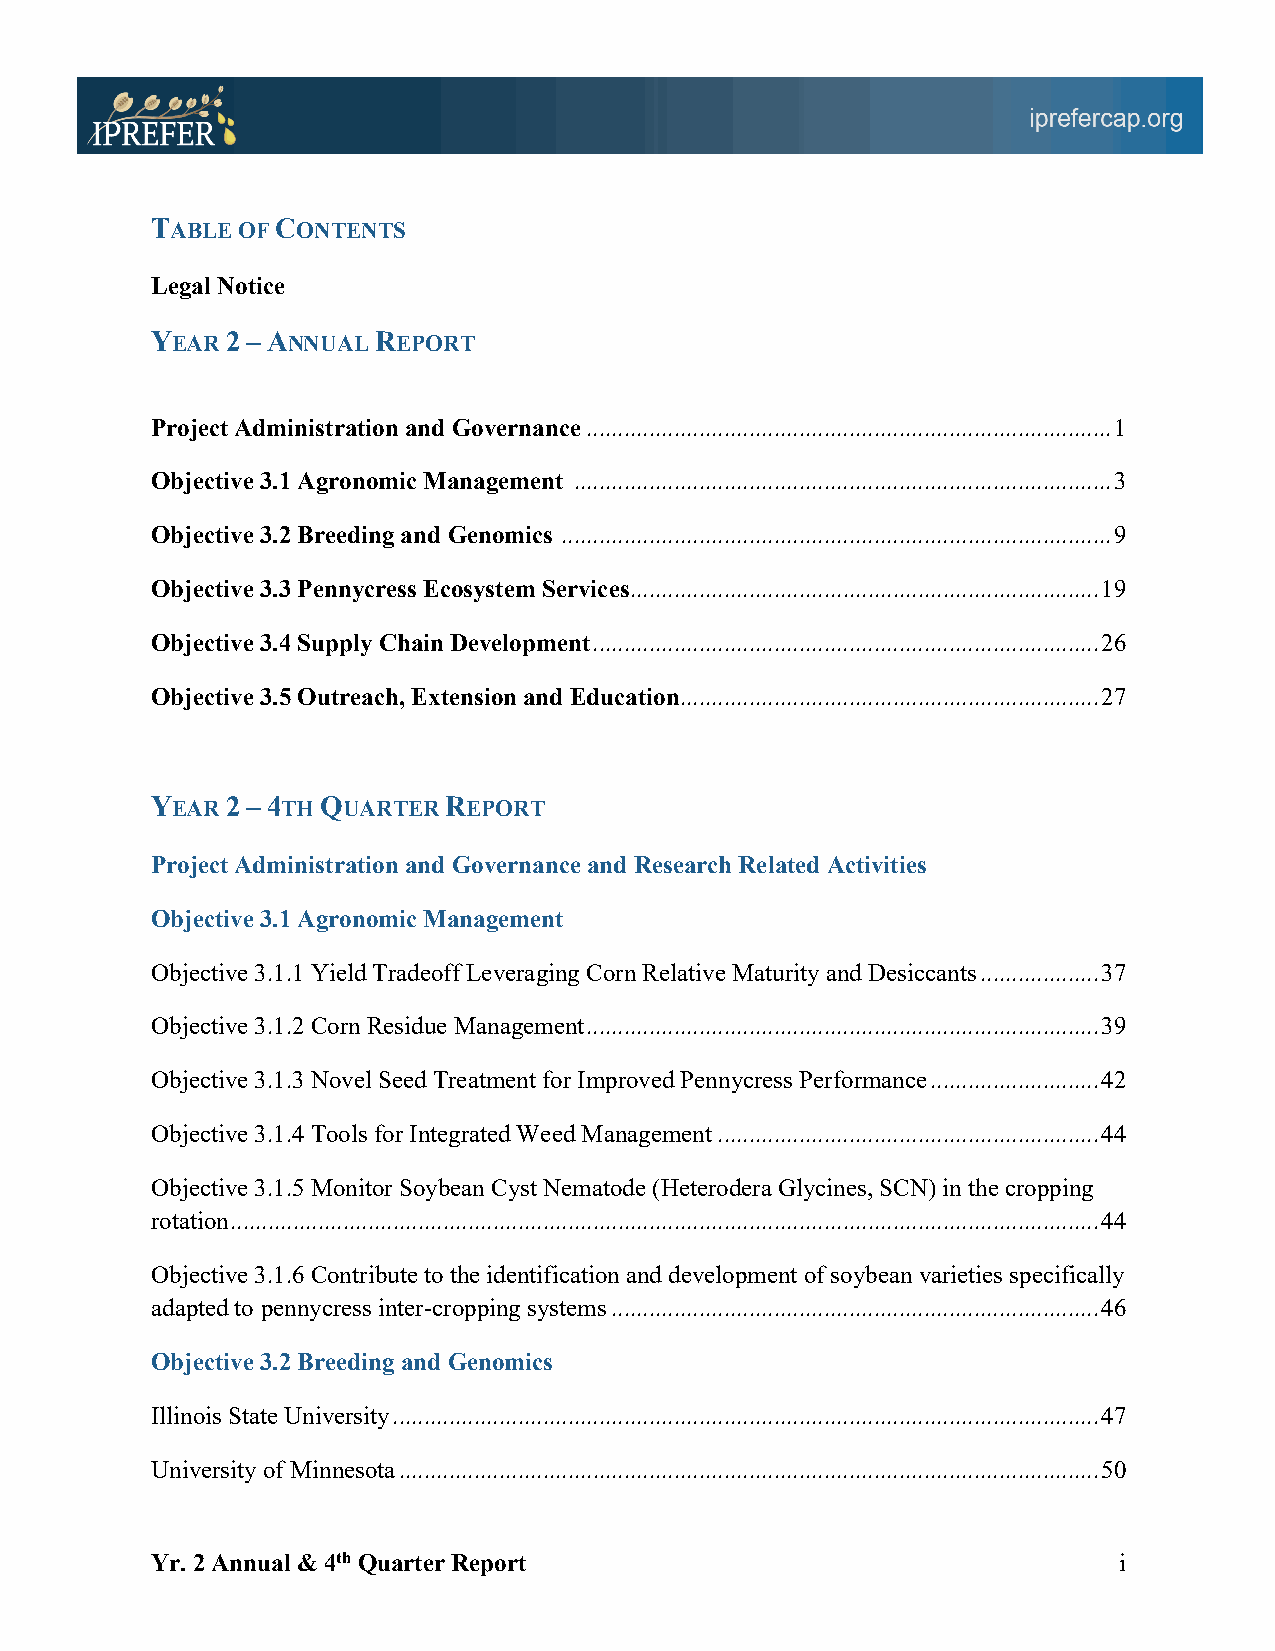
TABLE OF CONTENTS
 Legal Notice
 YEAR 2 – ANNUAL REPORT
 Project Administration and Governance .................................................................................... 1
 Objective 3.1 Agronomic Management ...................................................................................... 3
 Objective 3.2 Breeding and Genomics ........................................................................................ 9
 Objective 3.3 Pennycress Ecosystem Services ........................................................................... 19
 Objective 3.4 Supply Chain Development ................................................................................. 26
 Objective 3.5 Outreach, Extension and Education ................................................................... 27
 YEAR 2 – 4TH QUARTER REPORT
 Project Administration and Governance and Research Related Activities
 Objective 3.1 Agronomic Management
 Objective 3.1.1 Yield Tradeoff Leveraging Corn Relative Maturity and Desiccants ................... 37
 Objective 3.1.2 Corn Residue Management .................................................................................. 39
 Objective 3.1.3 Novel Seed Treatment for Improved Pennycress Performance ........................... 42
 Objective 3.1.4 Tools for Integrated Weed Management ............................................................. 44
 Objective 3.1.5 Monitor Soybean Cyst Nematode (Heterodera Glycines, SCN) in the cropping
 rotation ........................................................................................................................................... 44
 Objective 3.1.6 Contribute to the identification and development of soybean varieties specifically
 adapted to pennycress inter-cropping systems .............................................................................. 46
 Objective 3.2 Breeding and Genomics
 Illinois State University ................................................................................................................. 47
 University of Minnesota ................................................................................................................ 50
 Yr. 2 Annual & 4th Quarter Report                               i